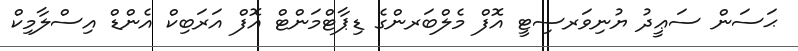
ޙަސަން ސަޢީދު ޔުނިވަރސިޓީ އޮފް މެލްބަރންގެ ޑިޕާޓްމަންޓް އޮފް އަރަބިކް އެންޑް އިސްލާމިކް